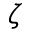
\zeta